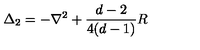
\Delta _ { 2 } = - \nabla ^ { 2 } + { \frac { d - 2 } { 4 ( d - 1 ) } } R